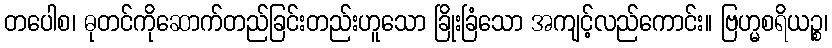
တပေါစ၊ ဓုတင်ကိုဆောက်တည်ခြင်းတည်းဟူသော ခြိုးခြံသော အကျင့်လည်ကောင်း။ ဗြဟ္မစရိယဉ္စ၊